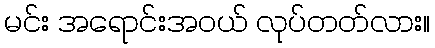
မင်း အရောင်းအဝယ် လုပ်တတ်လား။